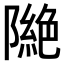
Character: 𨼎